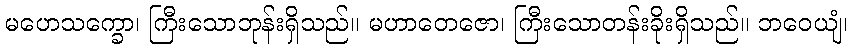
မဟေသက္ခော၊ ကြီးသောဘုန်းရှိသည်။ မဟာတေဇော၊ ကြီးသောတန်းခိုးရှိသည်။ ဘဝေယျံ၊